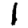
Digit: 1